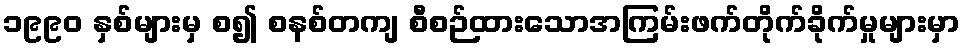
၁၉၉၀ နှစ်များမှ စ၍ စနစ်တကျ စီစဉ်ထားသောအကြမ်းဖက်တိုက်ခိုက်မှုများမှာ